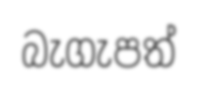
බැගැපත්